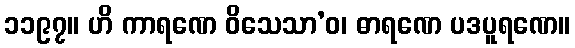
၁၁၉၇။ ဟိ ကာရဏေ ဝိသေသာ’ဝ၊ ဓာရဏေ ပဒပူရဏေ။